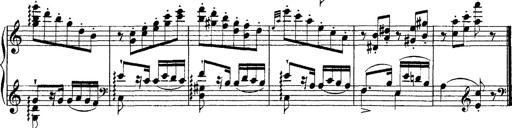
Title: Grandes Ã©tudes de Paganini
Composer: Franz Liszt